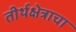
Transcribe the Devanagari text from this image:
तीर्थक्षेत्राचा